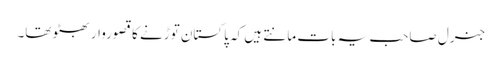
جنرل صاحب یہ بات مانتے ہیں کہ پاکستان توڑنے کا قصوروار بھٹو تھا۔